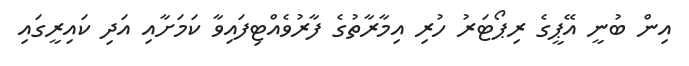
އިން ބުނީ އޭޕީގެ ރިޕޯޓަރު ހުރި އިމާރާތުގެ ފާރުވެއްޓިފައިވާ ކަމަށާއި އަދި ކައިރީގައި